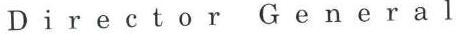
Director General